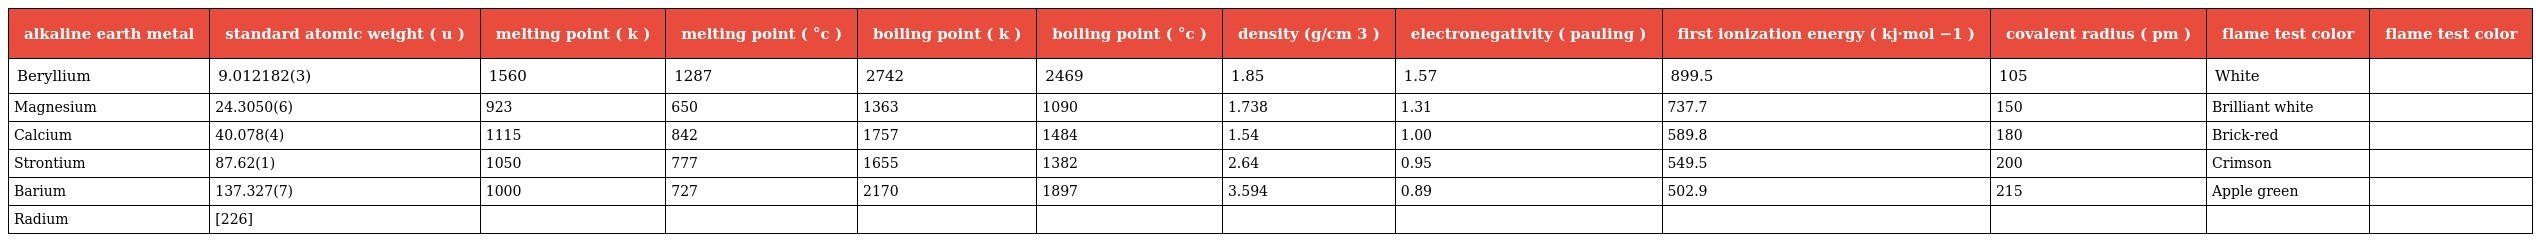
| alkaline earth metal | standard atomic weight ( u ) | melting point ( k ) | melting point ( °c ) | boiling point ( k ) | boiling point ( °c ) | density (g/cm 3 ) | electronegativity ( pauling ) | first ionization energy ( kj·mol −1 ) | covalent radius ( pm ) | flame test color | flame test color |
 | --- | --- | --- | --- | --- | --- | --- | --- | --- | --- | --- | --- |
 | Beryllium | 9.012182(3) | 1560 | 1287 | 2742 | 2469 | 1.85 | 1.57 | 899.5 | 105 | White |  |
 | Magnesium | 24.3050(6) | 923 | 650 | 1363 | 1090 | 1.738 | 1.31 | 737.7 | 150 | Brilliant white |  |
 | Calcium | 40.078(4) | 1115 | 842 | 1757 | 1484 | 1.54 | 1.00 | 589.8 | 180 | Brick-red |  |
 | Strontium | 87.62(1) | 1050 | 777 | 1655 | 1382 | 2.64 | 0.95 | 549.5 | 200 | Crimson |  |
 | Barium | 137.327(7) | 1000 | 727 | 2170 | 1897 | 3.594 | 0.89 | 502.9 | 215 | Apple green |  |
 | Radium | [226] |  |  |  |  |  |  |  |  |  |  |